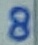
Text: 8